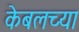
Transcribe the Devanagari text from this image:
केबलच्या